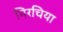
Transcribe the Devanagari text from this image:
मिरचिया